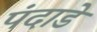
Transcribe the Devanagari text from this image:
पंदाडे